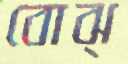
বোঝ্‌